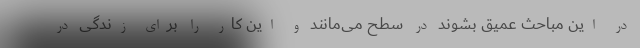
در این مباحث عمیق بشوند در سطح می‌مانند و این کار را برای زندگی در